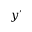
y ^ { \prime }